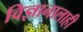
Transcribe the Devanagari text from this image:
विज्ञानालाही